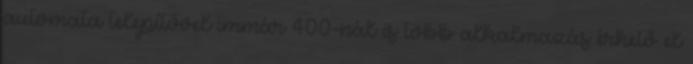
automata telepítővel immár 400-nál is több alkalmazás érhető el